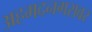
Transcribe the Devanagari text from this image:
अहमदनगरावर